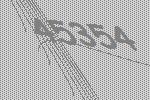
45354